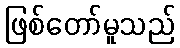
ဖြစ်တော်မူသည်